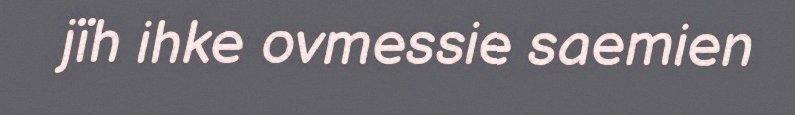
jïh ihke ovmessie saemien